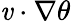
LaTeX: \mathit{v}\cdot\nabla\theta